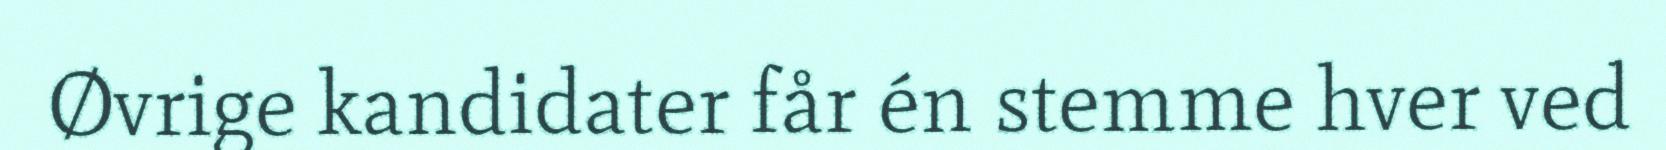
Øvrige kandidater får én stemme hver ved